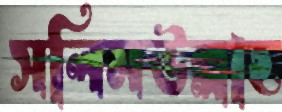
সলিমউল্লাহ